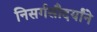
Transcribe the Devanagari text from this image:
निसर्गसौदर्यांने